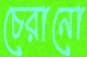
চেরানো